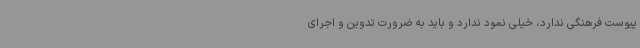
پیوست فرهنگی ندارد، خیلی نمود ندارد و باید به ضرورت تدوین و اجرای